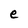
Character: e